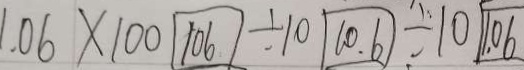
1 . 0 6 \times 1 0 0 \textcircled { 1 0 6 } \div 1 0 \textcircled { 1 0 . 6 } \div 1 0 \textcircled { 1 . 0 6 }